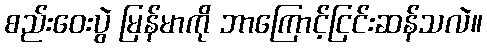
စည်းဝေးပွဲ မြန်မာကို ဘာကြောင့်ငြင်းဆန်သလဲ။